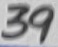
Text: 39